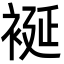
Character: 䘰